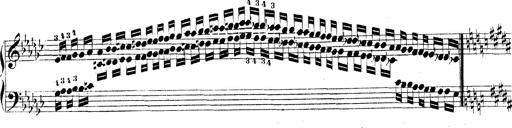
Title: Technische Studien
Composer: Franz Liszt